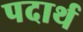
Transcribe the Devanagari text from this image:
पदार्थ